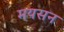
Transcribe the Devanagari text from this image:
मयसन